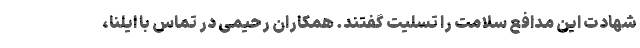
شهادت این مدافع سلامت را تسلیت گفتند. همکاران رحیمی در تماس با ایلنا،